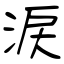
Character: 涙